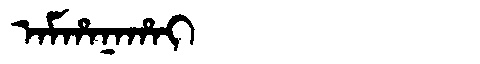
Manchu: ᠠᠮᡥᠠᠨᠠᡥᠠᡳ
Romanization: AMHANAHAI